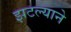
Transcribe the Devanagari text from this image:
झटल्याने